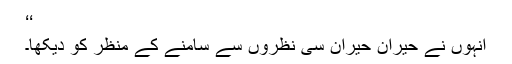
‘‘
انہوں نے حیران حیران سی نظروں سے سامنے کے منظر کو دیکھا۔